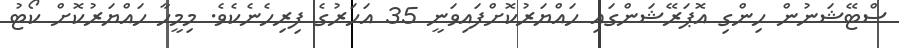
ސްޓޭޝަނުން ހިންގި އޮޕަރޭޝަންގައި ހައްޔަރުކޮށްފައިވަނީ 35 އަހަރުގެ ފިރިހެނެކެވެ. މިމީހާ ހައްޔަރުކޮށް ކޯޓު